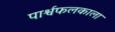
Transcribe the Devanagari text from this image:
पार्श्वफलकाला